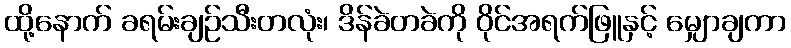
ထို့နောက် ခရမ်းချဉ်သီးတလုံး၊ ဒိန်ခဲတခဲကို ဝိုင်အရက်ဖြူနှင့် မျှောချကာ